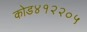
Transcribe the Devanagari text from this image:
कोड४१२२०५